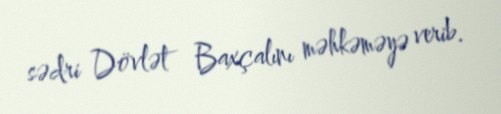
sədri Dövlət Baxçalını məhkəməyə verib.